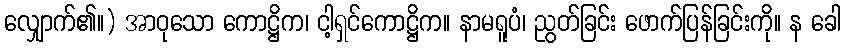
လျှောက်၏။) အာဝုသော ကောဋ္ဌိက၊ ငါ့ရှင်ကောဋ္ဌိက။ နာမရူပံ၊ ညွတ်ခြင်း ဖောက်ပြန်ခြင်းကို။ န ခေါ